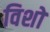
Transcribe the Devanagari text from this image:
विशों